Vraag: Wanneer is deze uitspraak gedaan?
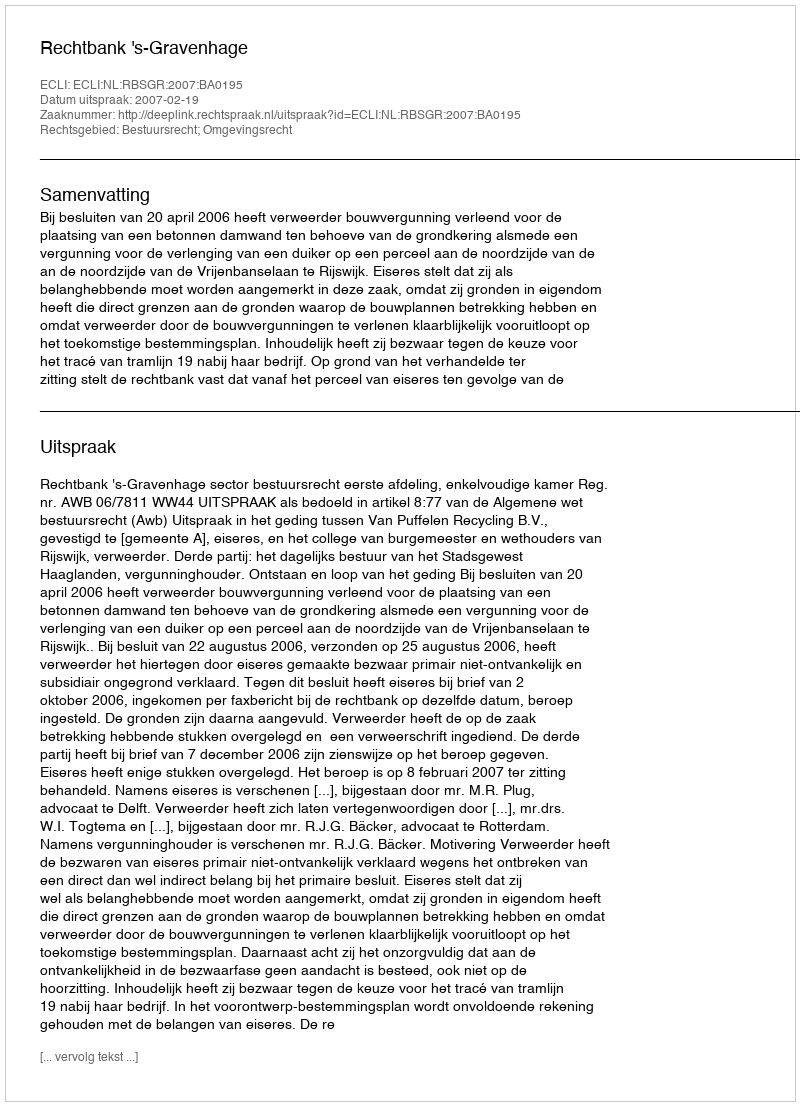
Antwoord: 2007-02-19